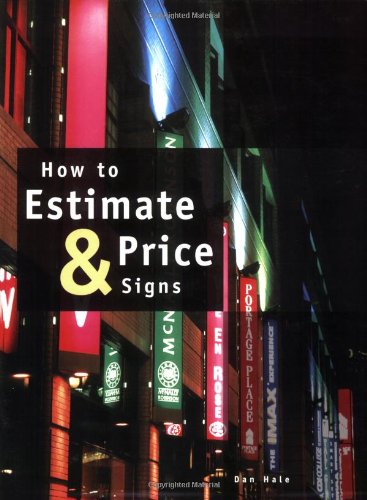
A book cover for How to Estimate & Price Signs; Dan Hale; Business & Money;